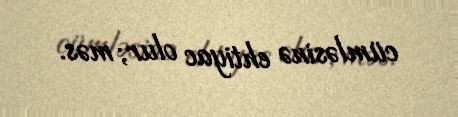
cümləsinə ehtiyac olur; məs.